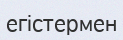
егістермен